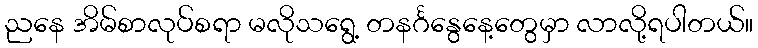
ညနေ အိမ်စာလုပ်စရာ မလိုသရွေ့ တနင်္ဂနွေနေ့တွေမှာ လာလို့ရပါတယ်။